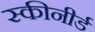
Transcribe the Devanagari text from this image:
स्कीनीर्ड